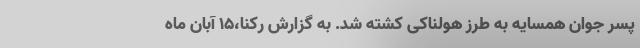
پسر جوان همسایه به طرز هولناکی کشته شد. به گزارش رکنا،15 آبان ماه